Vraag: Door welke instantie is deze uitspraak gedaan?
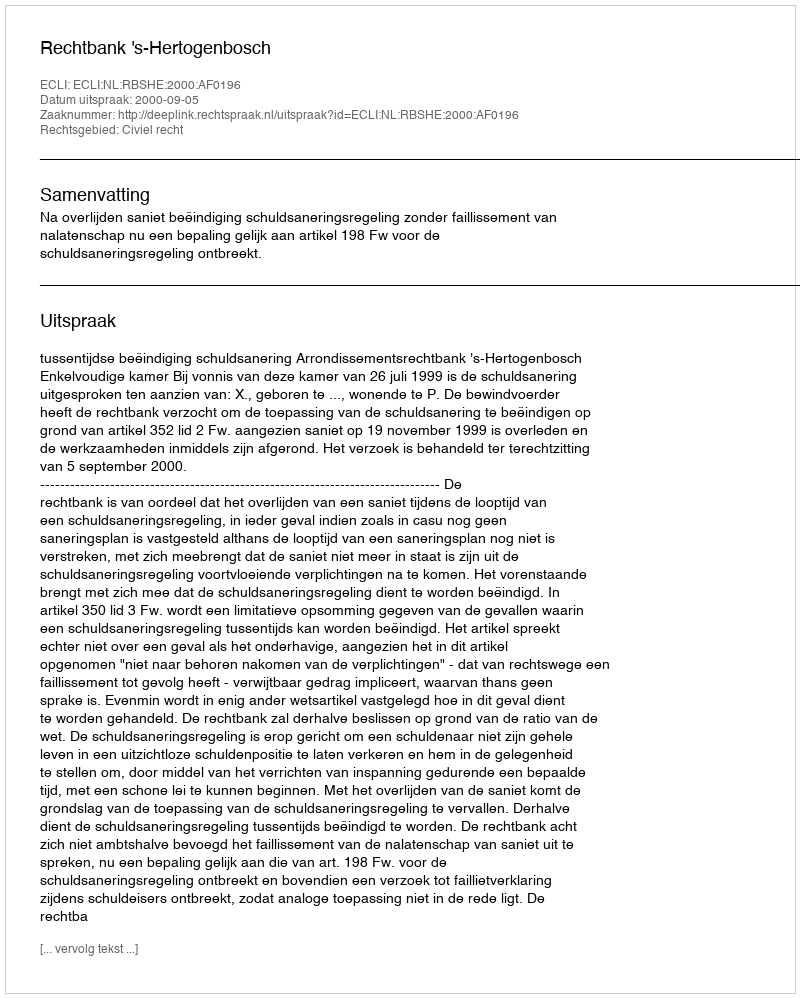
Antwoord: Rechtbank 's-Hertogenbosch